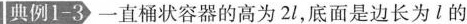
|典例1-3)一直桶状容器的高为2l，底面是边长为l的